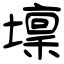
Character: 壈